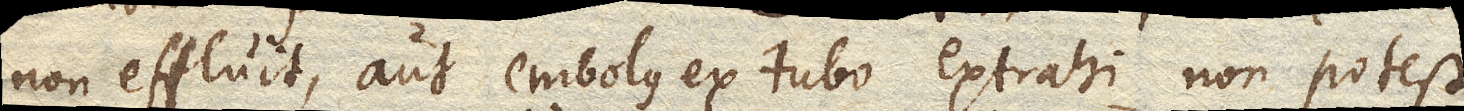
non effluit, aut embolus ex tubo extrahi non potest,